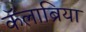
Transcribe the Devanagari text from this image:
कॅलाब्रिया